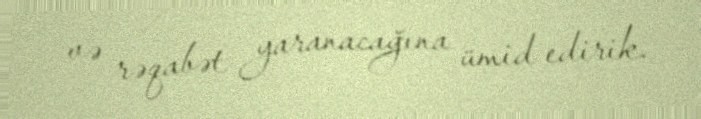
və rəqabət yaranacağına ümid edirik.